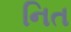
નિત